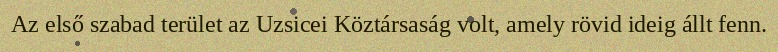
Az első szabad terület az Uzsicei Köztársaság volt, amely rövid ideig állt fenn.